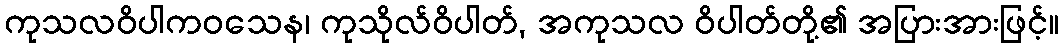
ကုသလဝိပါကဝသေန၊ ကုသိုလ်ဝိပါတ်, အကုသလ ဝိပါတ်တို့၏ အပြားအားဖြင့်။